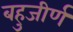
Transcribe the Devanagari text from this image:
बहुजीर्ण